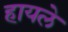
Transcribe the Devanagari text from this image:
हायले